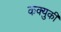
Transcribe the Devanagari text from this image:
कक्युकी